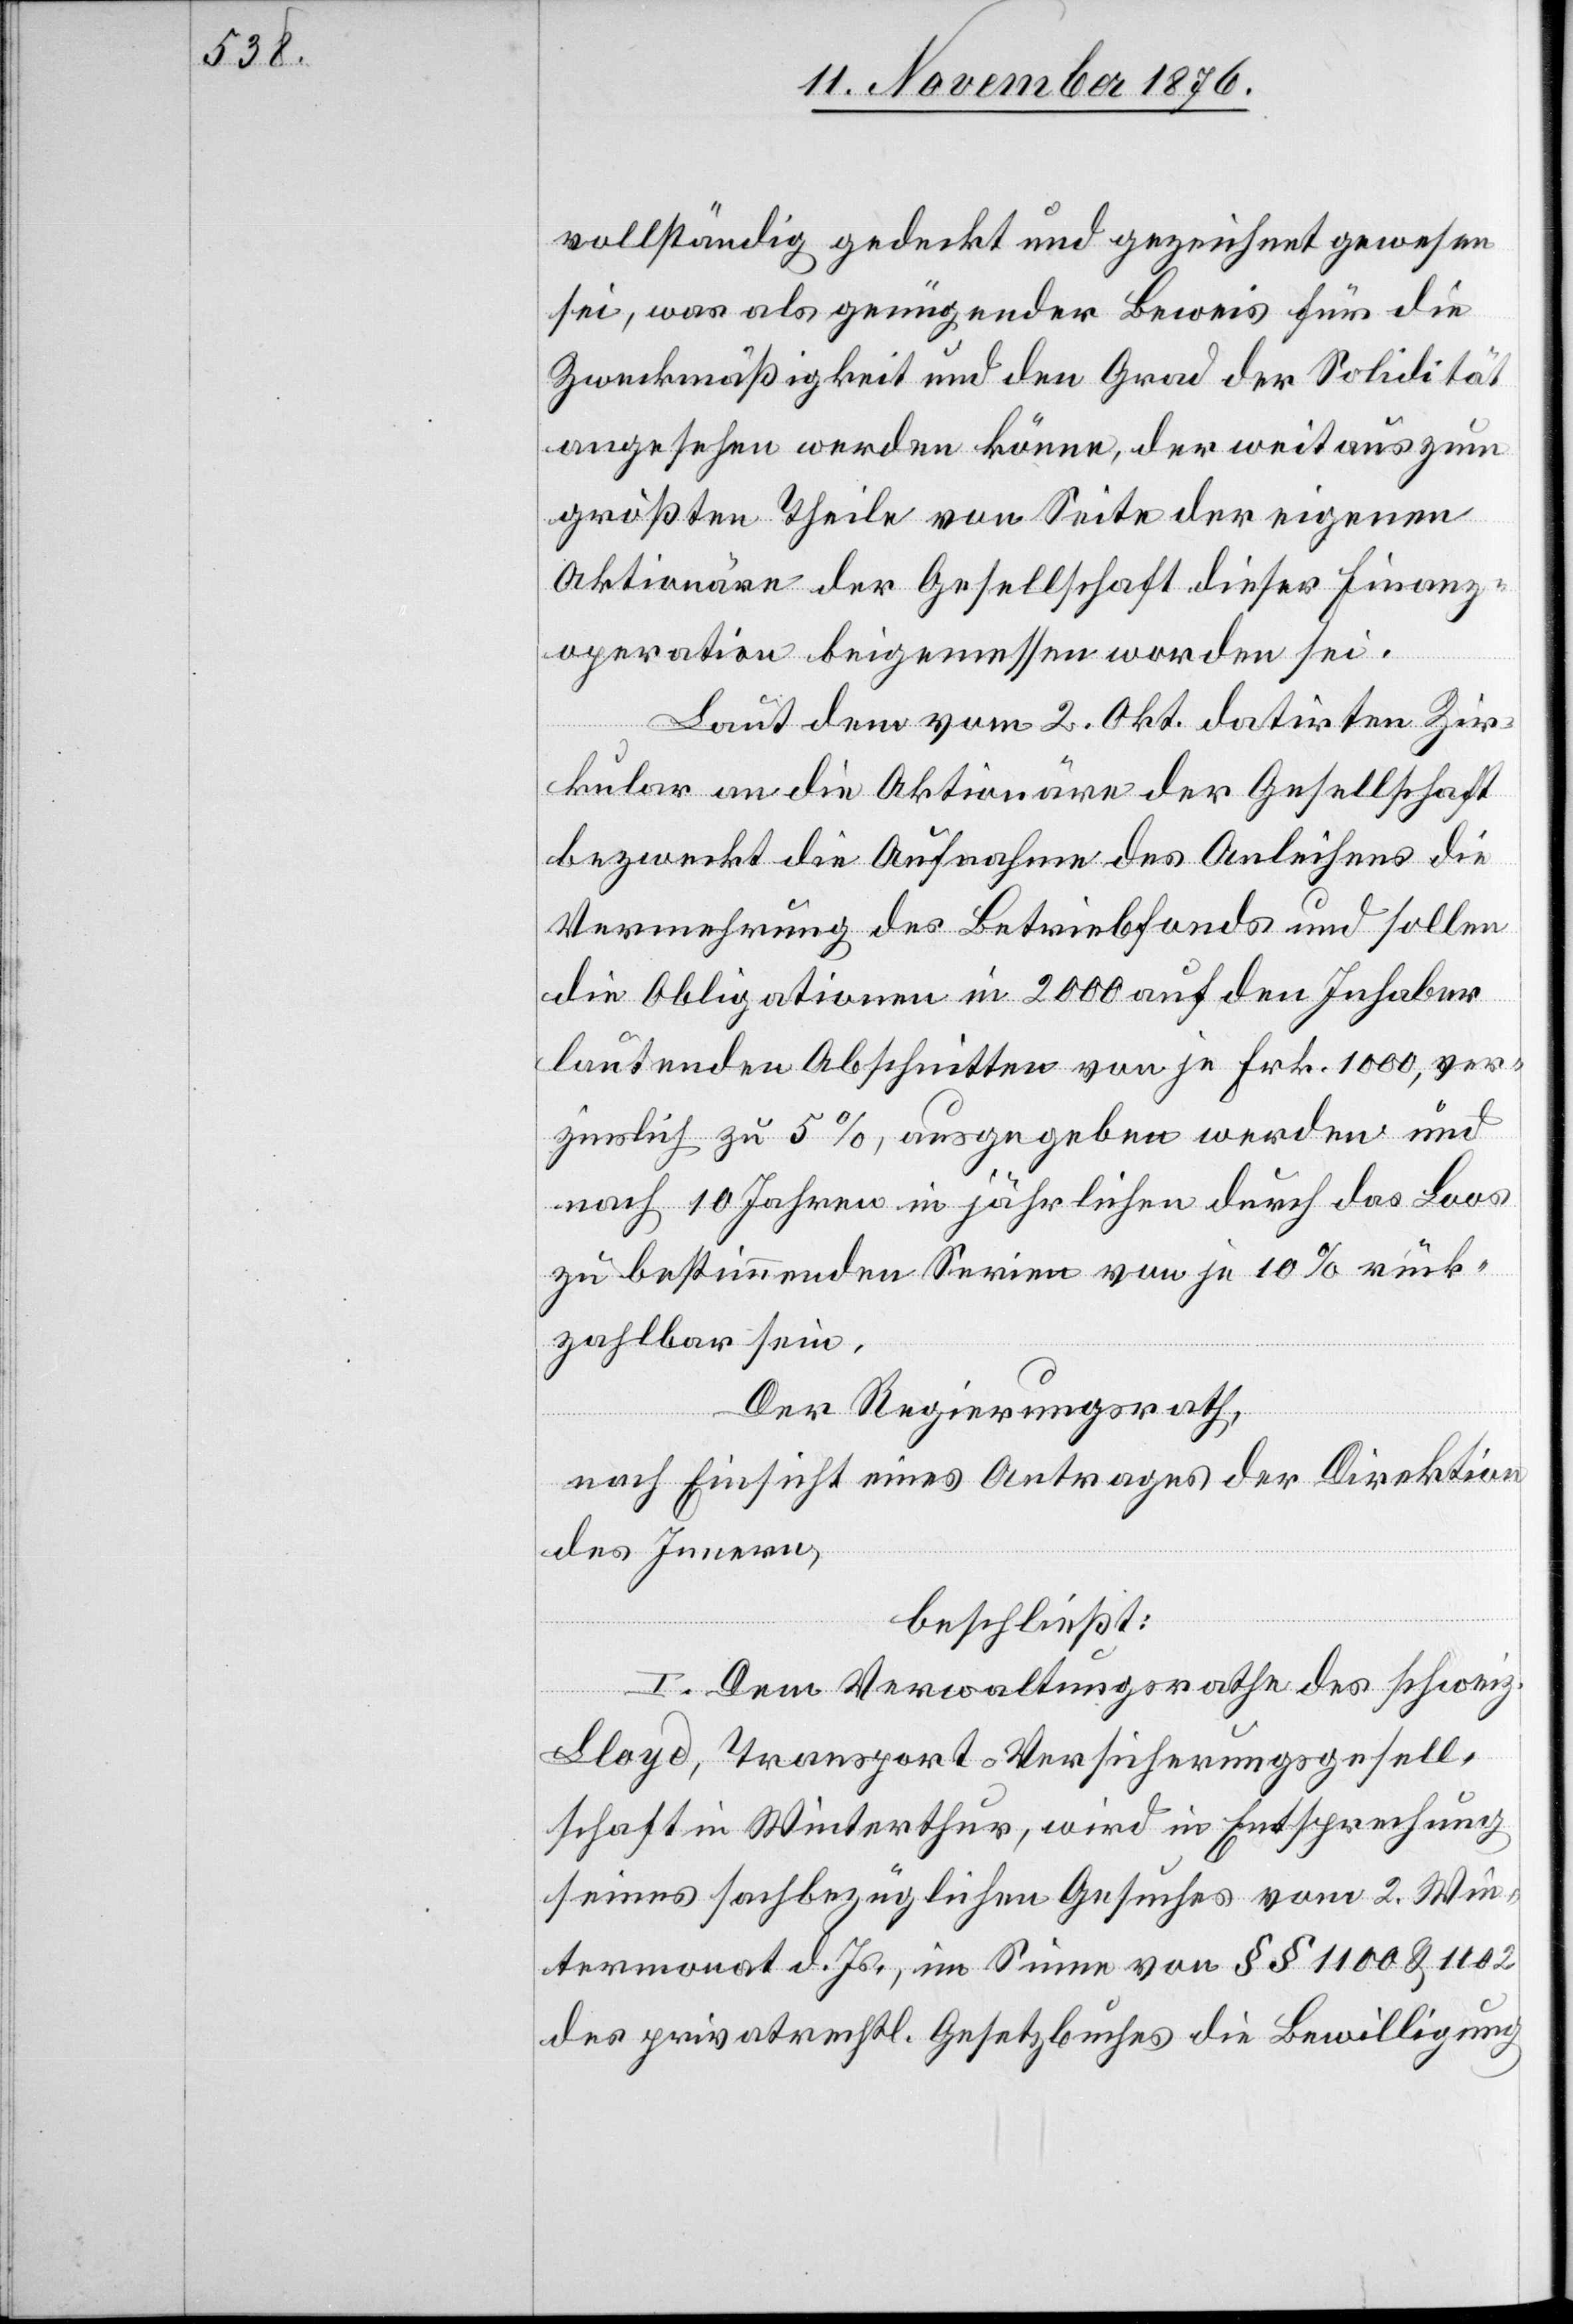
vollständig gedeckt und gezeichnet gewesen
sei, was als genügender Beweis für die
Zweckmäßigkeit und den Grad der Solidität
angesehen werden könne, der weitaus zum
größten Theile von Seite der eigenen
Aktionäre der Gesellschaft dieser Finanz¬
operation beigemessen worden sei.
Laut dem vom 2. Okt. datirten Zir¬
kular an die Aktionäre der Gesellschaft
bezweckt die Aufnahme des Anleihens die
Vermehrung des Betriebsfonds und sollen
die Obligationen in 2000 auf den Inhaber
lautenden Abschnitten von je Frk. 1000, ver¬
zinslich zu 5%, ausgegeben werden und
nach 10 Jahren in jährlichen durch das Loos
zu bestimmenden Serien von je 10% rück¬
zahlbar sein.
Der Regierungsrath,
nach Einsicht eines Antrages der Direktion
des Innern,
beschließt:
I. Dem Verwaltungsrathe des schweiz.
Lloyd, Transport-Versicherungsgesell¬
schaft in Winterthur, wird in Entsprechung
seines sachbezüglichen Gesuches vom 2. Win¬
termonat d. Js., im Sinne von §§ 1100 & 1102
des privatrechtl. Gesetzbuches die Bewilligung